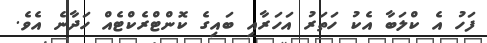
ފަހު އެ ކްލަބާ އެކު ހަތަރު އަހަރާއި ބައިގެ ކޮންޓްރެކްޓެއް ހަދާނެ އެވެ.